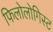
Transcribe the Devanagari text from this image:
फिलोलोगिस्ट